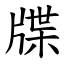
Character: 牒